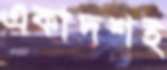
একাদশই